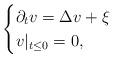
LaTeX: \begin{align*} \begin{cases} \partial_t v = \Delta v + \xi \\ v|_{t \leq 0} = 0, \end{cases}\end{align*}